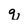
Character: q